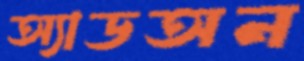
অ্যাডঅন